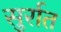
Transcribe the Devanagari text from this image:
सुर्रात